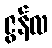
ဇွန်လ